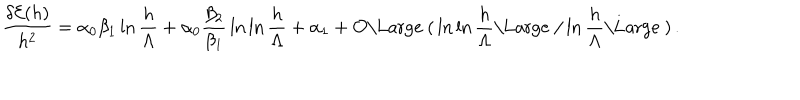
{ \frac { \delta { \cal E } ( h ) } { h ^ { 2 } } } = \alpha _ { 0 } \beta _ { 1 } \ln { \frac { h } { \Lambda } } + \alpha _ { 0 } { \frac { \beta _ { 2 } } { \beta _ { 1 } } } \ln \ln { \frac { h } { \Lambda } } + \alpha _ { 1 } + { \cal O } { \mathrm { \Large ~ ( } } \ln \ln { \frac { h } { \Lambda } } { \mathrm { \Large ~ / } } \ln { \frac { h } { \Lambda } } { \mathrm { \Large ~ ) } } \, .